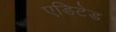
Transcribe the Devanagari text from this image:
एडिटेड